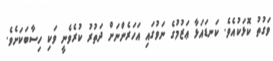
ވަގުތު ކޮޅަކުއެވެ. ކަނޑައަޅާ ޢަޒުމުގެ ނަވުގައި އަހަރެންނަށް ދަތުރު ކުރެވެނީ ވަކި ހިސާބަކަށެވެ.